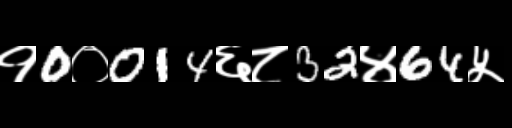
Text: १0०014६८32४64५